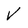
Character: V